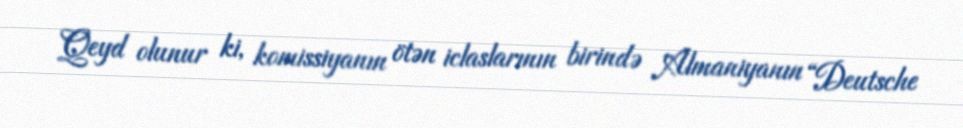
Qeyd olunur ki, komissiyanın ötən iclaslarının birində Almaniyanın “Deutsche